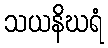
သယနိဃရံ